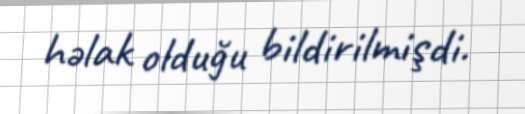
həlak olduğu bildirilmişdi.